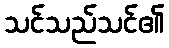
သင်သည်သင်၏